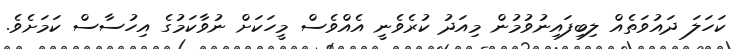
ކަހަލަ ދައުވަތެއް ލިބިފައިނުވުމުން މިއަދު ކުރެވެނީ އެއްވެސް މީހަކަށް ނުވާކަމުގެ އިހުސާސް ކަމަށެވެ.